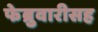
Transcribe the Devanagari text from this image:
फेब्रुवारीसह